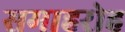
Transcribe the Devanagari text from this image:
समाहरोह